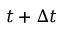
t + \Delta t